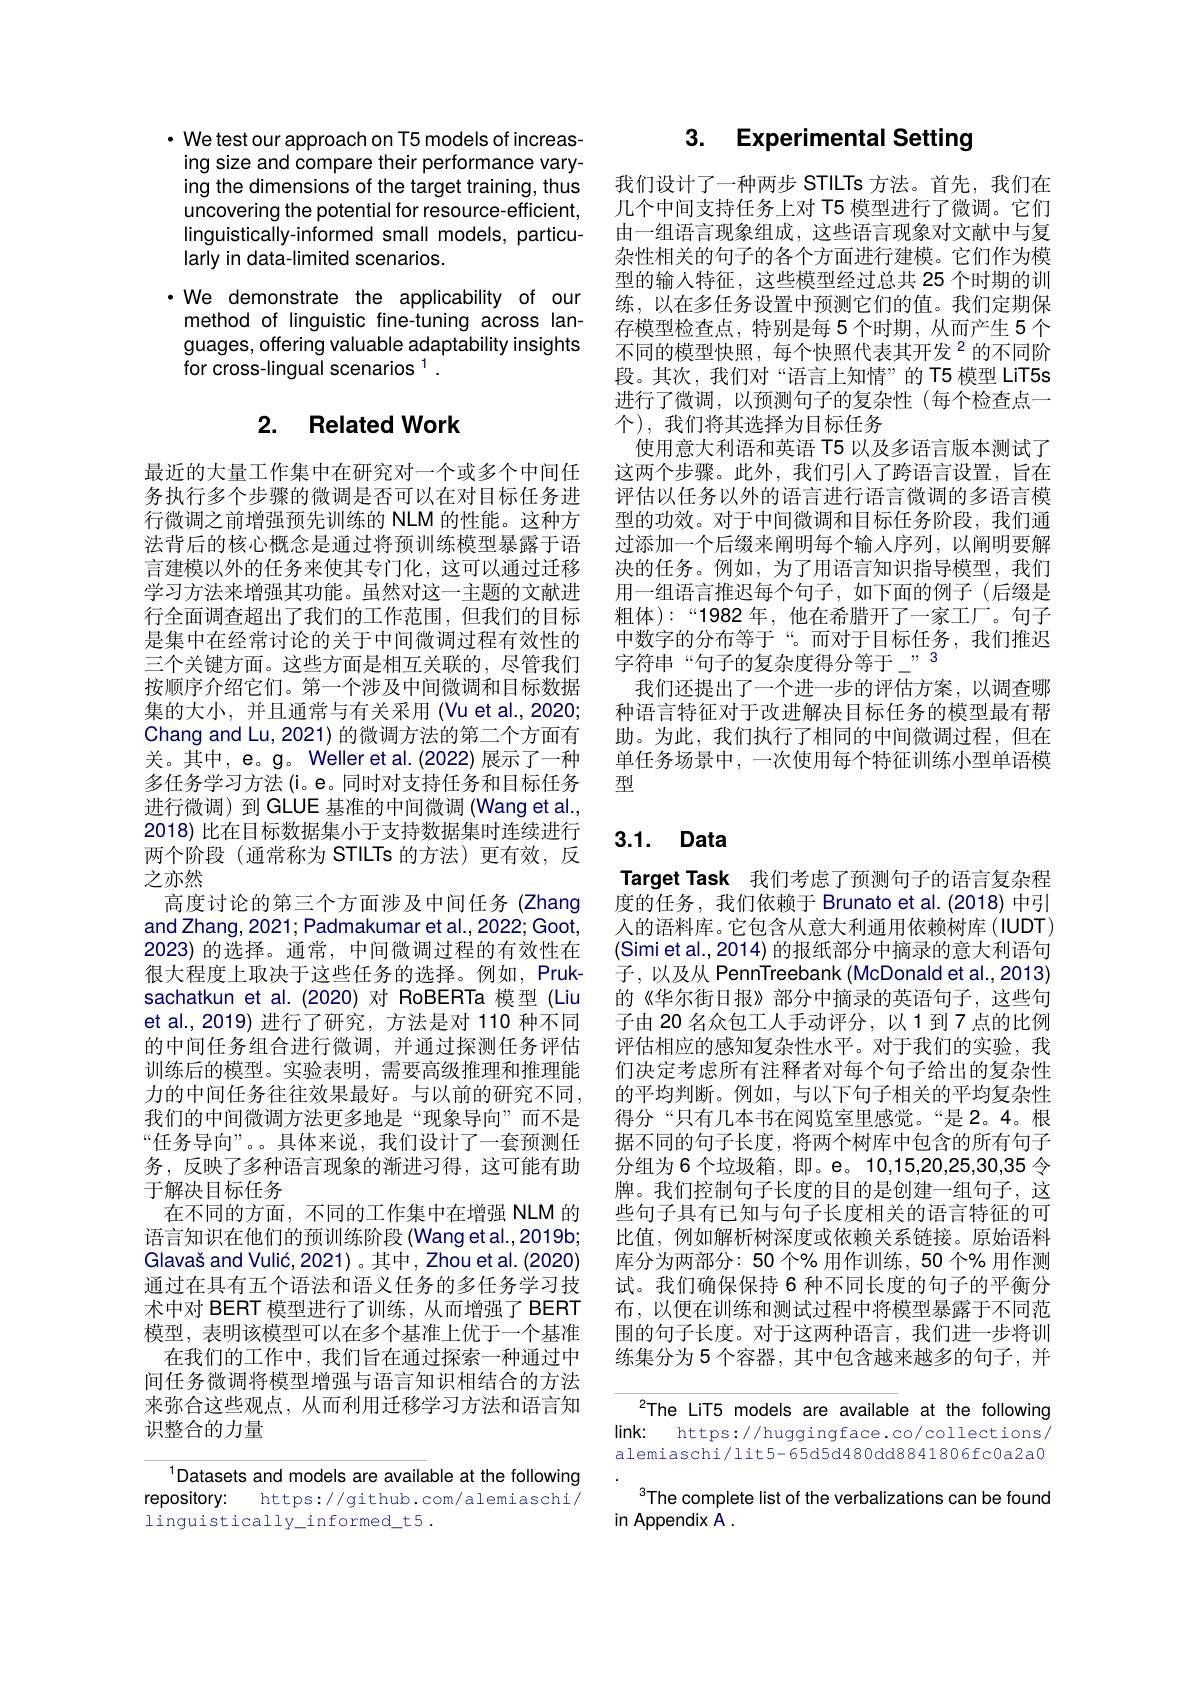
$\cdot$ We test our approach on T5 models of increasing size and compare their performance varying the dimensions of the target training, thus uncovering the potential for resource-efficient, linguistically-informed small models, particulariy in data-limited scenarios.

·We demonstrate the applicability of our method of linguistic fine-tuning across languages, offering valuable adaptability insights for cross-lingual scenarios $^1.$

## 2. Related Work

最近的大量工作集中在研究对一个或多个中间任务执行多个步骤的微调是否可以在对目标任务进行微调之前增强预先训练的 NLM 的性能。这种方法背后的核心概念是通过将预训练模型暴露于语言建模以外的任务来使其专门化，这可以通过迁移学习方法来增强其功能。虽然对这一主题的文献进行全面调查超出了我们的工作范围，但我们的目标是集中在经常讨论的关于中间微调过程有效性的三个关键方面。这些方面是相互关联的，尽管我们按顺序介绍它们。第一个涉及中间微调和目标数据集的大小，并且通常与有关采用 (Vu et al.,2020; Chang and Lu, 2021) 的微调方法的第二个方面有关。其中，e。g。Weller et al. (2022) 展示了一种多任务学习方法(i。e。同时对支持任务和目标任务进行微调) 到 GLUE 基准的中间微调 (Wang et al., 2018) 比在目标数据集小于支持数据集时连续进行两个阶段 (通常称为 STILTs 的方法) 更有效，反之亦然
高度讨论的第三个方面涉及中间任务 (Zhang and Zhang, 2021; Padmakumar et al., 2022; Goot, 2023)的选择。通常，中间微调过程的有效性在很大程度上取决于这些任务的选择。例如，Pruksachatkun et al.(2020)对 RoBERTa 模型 (Liu et al., 2019) 进行了研究，方法是对 110 种不同的中间任务组合进行微调，并通过探测任务评估训练后的模型。实验表明，需要高级推理和推理能力的中间任务往往效果最好。与以前的研究不同， 我们的中间微调方法更多地是“现象导向”而不是“任务导向”。。具体来说，我们设计了一套预测任务，反映了多种语言现象的渐进习得，这可能有助于解决目标任务
在不同的方面，不同的工作集中在增强 NLM 的语言知识在他们的预训练阶段 (Wang et al.,2019b; Glavaš and Vulić, 2021) 。其中，Zhou et al. (2020) 通过在具有五个语法和语义任务的多任务学习技术中对 BERT 模型进行了训练，从而增强了 BERT 模型，表明该模型可以在多个基准上优于一个基准
在我们的工作中，我们旨在通过探索一种通过中间任务微调将模型增强与语言知识相结合的方法来弥合这些观点，从而利用迁移学习方法和语言知识整合的力量

$^{1}$Datasets and models are available at the following
https://github.com/alemiaschi/
repository:
linguistically\_informed\_t5.

## 3. Experimental Setting

我们设计了一种两步 STILTs 方法。首先，我们在几个中间支持任务上对 T5 模型进行了微调。它们由一组语言现象组成，这些语言现象对文献中与复杂性相关的句子的各个方面进行建模。它们作为模型的输入特征，这些模型经过总共 25 个时期的训练，以在多任务设置中预测它们的值。我们定期保存模型检查点，特别是每 5 个时期，从而产生 5 个不同的模型快照，每个快照代表其开发$^{2}$的不同阶段。其次，我们对“语言上知情”的T5 模型 LiT5s 进行了微调，以预测句子的复杂性(每个检查点一个),我们将其选择为目标任务
使用意大利语和英语 T5 以及多语言版本测试了这两个步骤。此外，我们引入了跨语言设置，旨在评估以任务以外的语言进行语言微调的多语言模型的功效。对于中间微调和目标任务阶段，我们通过添加一个后缀来阐明每个输入序列，以阐明要解决的任务。例如，为了用语言知识指导模型，我们用一组语言推迟每个句子，如下面的例子(后缀是粗体):“1982年，他在希腊开了一家工厂。句子中数字的分布等于“。而对于目标任务，我们推迟$字符串“句子的复杂度得分等于_{-}”3$
我们还提出了一个进一步的评估方案，以调查哪种语言特征对于改进解决目标任务的模型最有帮助。为此，我们执行了相同的中间微调过程，但在单任务场景中，一次使用每个特征训练小型单语模型

## 3.1. Data

Target Task 我们考虑了预测句子的语言复杂程度的任务，我们依赖于 Brunato et al.(2018) 中引人的语料库。它包含从意大利通用依赖树库(IUDT) (Simi et al., 2014) 的报纸部分中摘录的意大利语句${\text{子，以及从 PennTreebank(McDonaldet al.,2013)}}$ 的《华尔街日报》部分中摘录的英语句子，这些句子由 20 名众包工人手动评分，以1到7点的比例评估相应的感知复杂性水平。对于我们的实验，我们决定考虑所有注释者对每个句子给出的复杂性的平均判断。例如，与以下句子相关的平均复杂性得分“只有几本书在阅览室里感觉。“是 2。4。根据不同的句子长度，将两个树库中包含的所有句子分组为6个垃圾箱，即。e。10,15,20,25,30,35令牌。我们控制句子长度的目的是创建一组句子，这些句子具有已知与句子长度相关的语言特征的可比值，例如解析树深度或依赖关系链接。原始语料库分为两部分：50个%用作训练，50个% 用作测试。我们确保保持 6 种不同长度的句子的平衡分布，以便在训练和测试过程中将模型暴露于不同范围的句子长度。对于这两种语言，我们进一步将训练集分为 5 个容器，其中包含越来越多的句子，并

The LiT5 models are available at the following link: https://huggingface.co/collections/ alemiaschi/lit5-65d5d480dd8841806fc0a2a0
The complete list of the verbalizations can be found
in Appendix A .